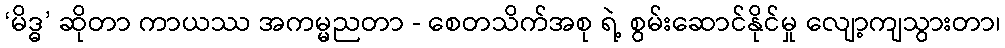
‘မိဒ္ဓ’ ဆိုတာ ကာယဿ အကမ္မညတာ - စေတသိက်အစု ရဲ့ စွမ်းဆောင်နိုင်မှု လျော့ကျသွားတာ၊